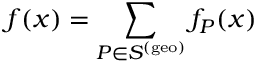
f ( x ) = \sum _ { P \in S ^ { \mathrm { ( g e o ) } } } f _ { P } ( x )